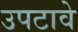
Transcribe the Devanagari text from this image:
उपटावे